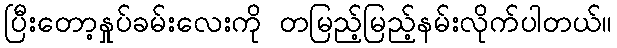
ပြီးတော့နှုပ်ခမ်းလေးကို တမြည့်မြည့်နမ်းလိုက်ပါတယ်။